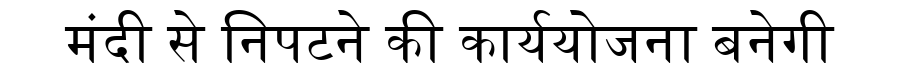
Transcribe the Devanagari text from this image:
मंदी से निपटने की कार्ययोजना बनेगी